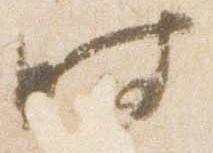
時